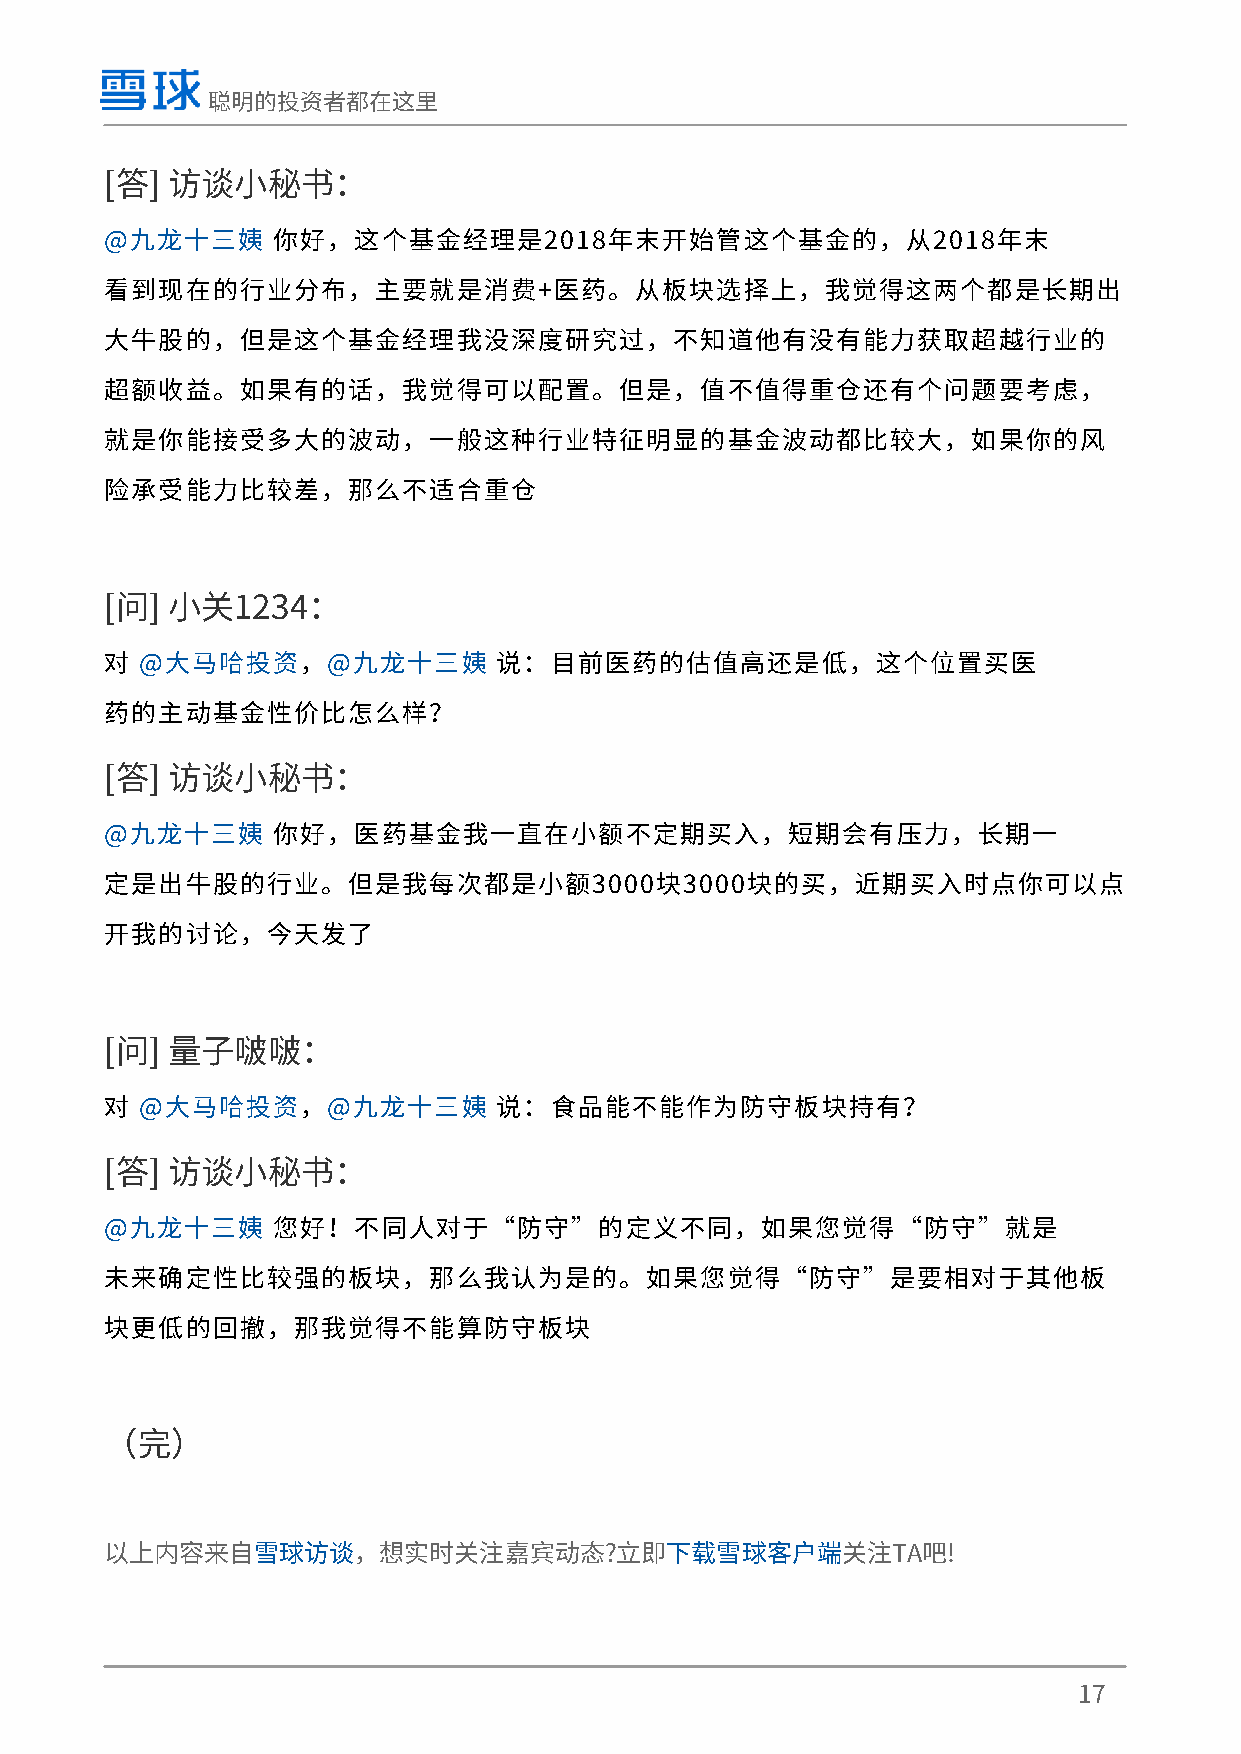
聪明的投资者都在这里
 [答] 访谈小秘书：
 @九龙十三姨     你好，这个基金经理是2018年末开始管这个基金的，从2018年末
 看到现在的行业分布，主要就是消费+医药。从板块选择上，我觉得这两个都是长期出
 大牛股的，但是这个基金经理我没深度研究过，不知道他有没有能力获取超越行业的
 超额收益。如果有的话，我觉得可以配置。但是，值不值得重仓还有个问题要考虑，
 就是你能接受多大的波动，一般这种行业特征明显的基金波动都比较大，如果你的风
 险承受能力比较差，那么不适合重仓
 [问] 小关1234：
 对 @大马哈投资，@九龙十三姨           说：目前医药的估值高还是低，这个位置买医
 药的主动基金性价比怎么样？
 [答] 访谈小秘书：
 @九龙十三姨     你好，医药基金我一直在小额不定期买入，短期会有压力，长期一
 定是出牛股的行业。但是我每次都是小额3000块3000块的买，近期买入时点你可以点
 开我的讨论，今天发了
 [问] 量子啵啵：
 对 @大马哈投资，@九龙十三姨           说：食品能不能作为防守板块持有？
 [答] 访谈小秘书：
 @九龙十三姨     您好！不同人对于“防守”的定义不同，如果您觉得“防守”就是
 未来确定性比较强的板块，那么我认为是的。如果您觉得“防守”是要相对于其他板
 块更低的回撤，那我觉得不能算防守板块
 （完）
 以上内容来自雪球访谈，想实时关注嘉宾动态?立即下载雪球客户端关注TA吧!
 17